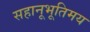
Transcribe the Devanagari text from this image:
सहानूभूतिमय